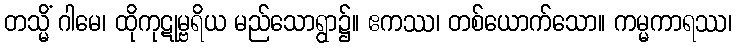
တသ္မိံ ဂါမေ၊ ထိုကုဋုမ္ဗရိယ မည်သောရွာ၌။ ဧကဿ၊ တစ်ယောက်သော။ ကမ္မကာရဿ၊